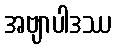
အဗျာပါဒဿ